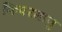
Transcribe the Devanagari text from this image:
किपरमाणु